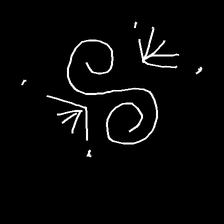
Glyph: aeroform